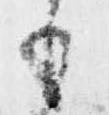
も